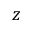
z